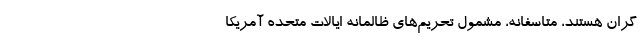
گران هستند، متاسفانه، مشمول تحریم‌های ظالمانه ایالات متحده آمریکا